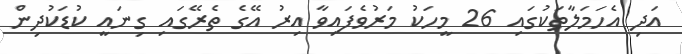
އަދި އެހަމަލާތަކުގައި 26 މީހަކު މަރުވެފައިވާ އިރު އޭގެ ތެރޭގައި ގިނައީ ކުޑަކުދިން